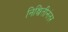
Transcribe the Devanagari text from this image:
निश्चितीनंतर